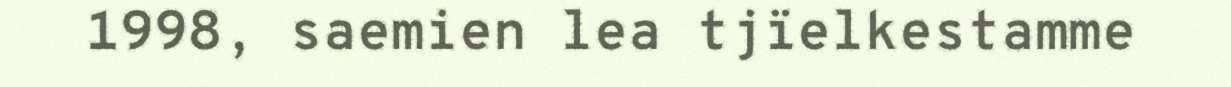
1998, saemien lea tjïelkestamme